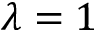
\lambda = 1